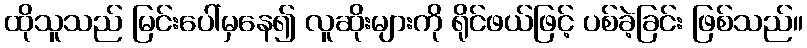
ထိုသူသည် မြင်းပေါ်မှနေ၍ လူဆိုးများကို ရိုင်ဖယ်ဖြင့် ပစ်ခဲ့ခြင်း ဖြစ်သည်။